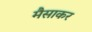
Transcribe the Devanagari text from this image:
मैसाकर